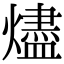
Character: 燼